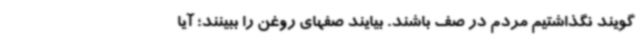
گویند نگذاشتیم مردم در صف باشند. بیایند صفهای روغن را ببینند؛ آیا